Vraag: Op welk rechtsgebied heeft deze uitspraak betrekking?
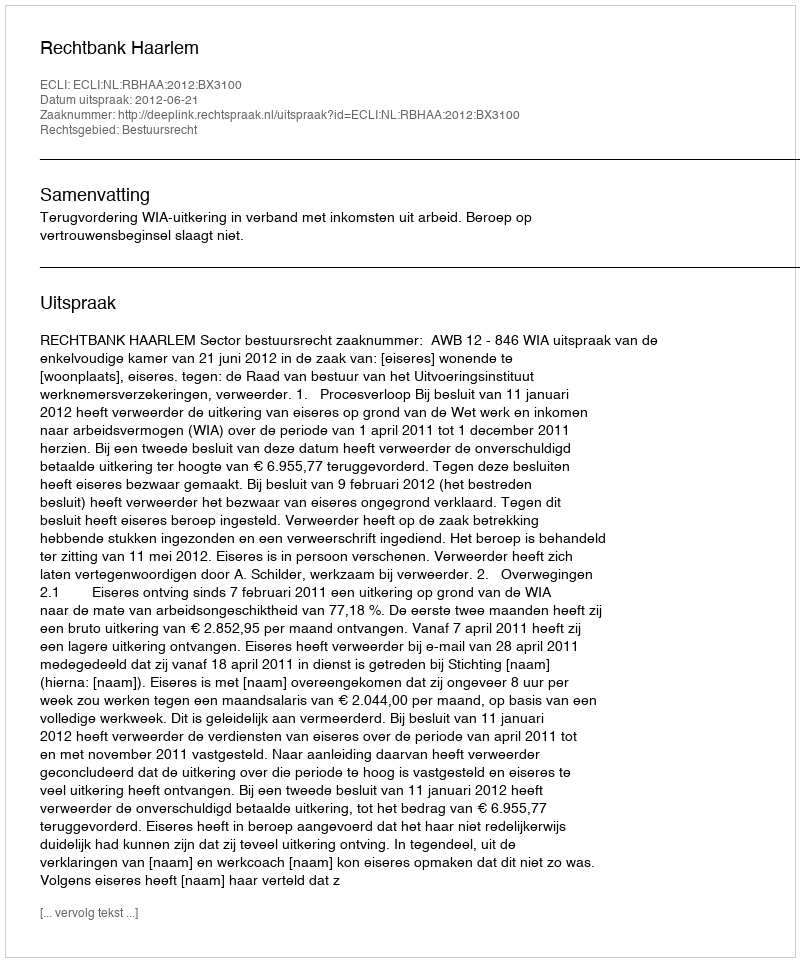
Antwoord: Bestuursrecht